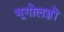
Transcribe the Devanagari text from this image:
भूगोलज्ञों